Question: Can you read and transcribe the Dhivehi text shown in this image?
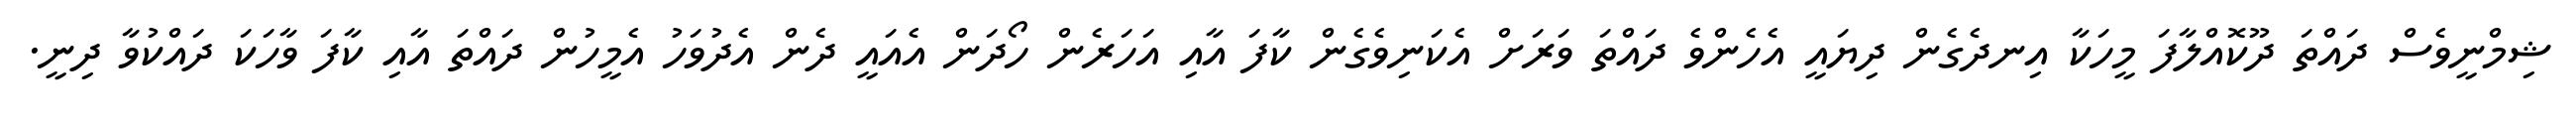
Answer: ޝިމްނީވެސް ދައްތަ ދޫކޮއްލާފަ މީހަކާ އިނދެގެން ދިޔައީ އެހެންވެ ދައްތަ ވަރަށް އެކަނިވެގެން ކާފަ އާއި އަހަރެން ހޯދަން އެއައީ ދެން އެދުވަހު އެމީހުން ދައްތަ އާއި ކާފަ ވާހަކަ ދައްކުވާ ދިނީ.